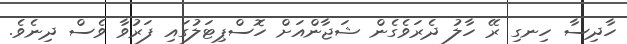
ހާދިސާ ހިނގި ރޭ ހާލު ދެރަވެގެން ޝަޖާންއަށް ހޮސްޕިޓަލުގައި ފަރުވާ ވެސް ދިނެވެ.